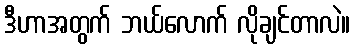
ဒီဟာအတွက် ဘယ်လောက် လိုချင်တာလဲ။